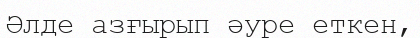
Әлде азғырып әуре еткен,